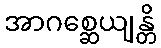
အာဂစ္ဆေယျန္တိ